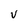
Character: V